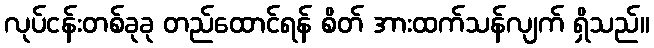
လုပ်ငန်းတစ်ခုခု တည်ထောင်ရန် စိတ် အားထက်သန်လျက် ရှိသည်။